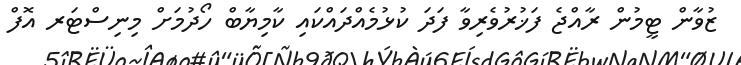
ޒުވާން ޓީމުން ރާއްޖެ ފަޚުރުވެރިވާ ފަދަ ކުޅުމެއްދައްކައި ކާމިޔާބް ހޯދުމަށް މިނިސްޓަރ އޮފް